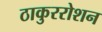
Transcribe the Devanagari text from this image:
ठाकुररोशन